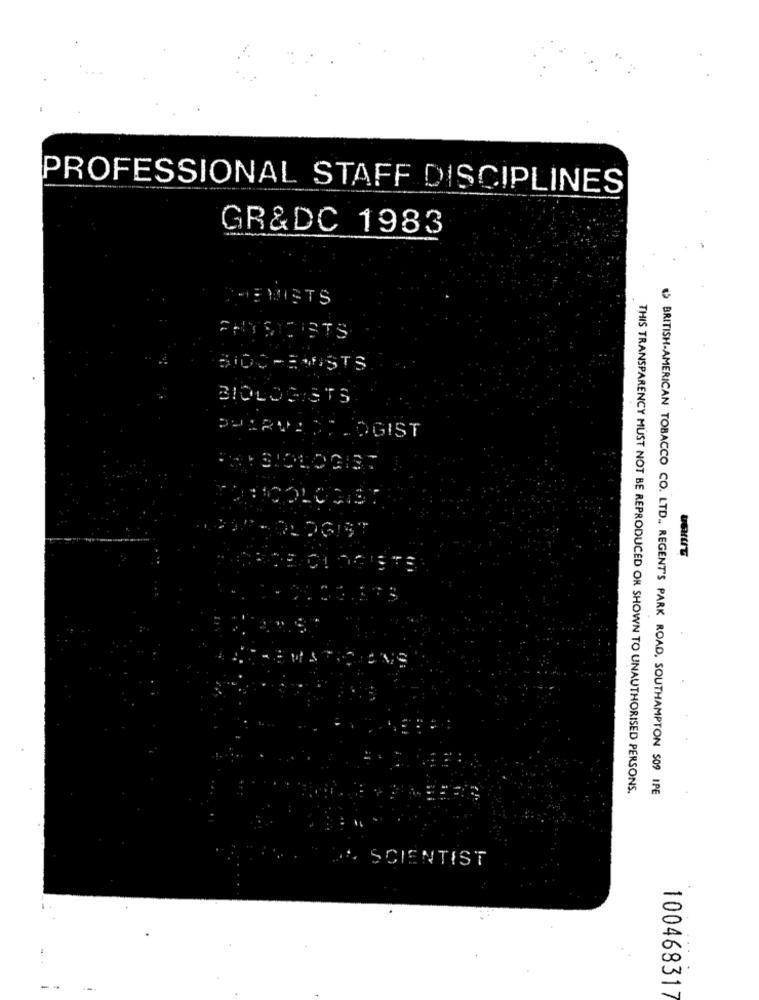
PROFESSIONAL STAFF DISCIPLINES
GR&DC 1983
CHEMISTS
PHYSICISTS
BIOCHEMISTS
BIOLOGISTS
OHARVEST. OGIST
USHUNT
C
THIS TRANSPARENCY MUST NOT BE REPRODUCED ON SHOWN TO UNAUTHORISED PERSONS.
BRITISH-AMERICAN TOBACCO CO. LTD ., REGENT'S PARK ROAD, SOUTHAMPTON 509 IPE
SCIENTIST
100468317